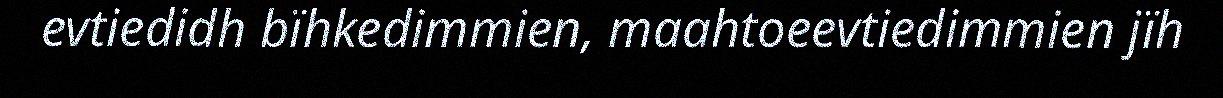
evtiedidh bïhkedimmien, maahtoeevtiedimmien jïh